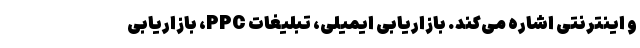
و اینترنتی اشاره ‌می‌کند. بازاریابی ایمیلی، تبلیغات PPC، بازاریابی